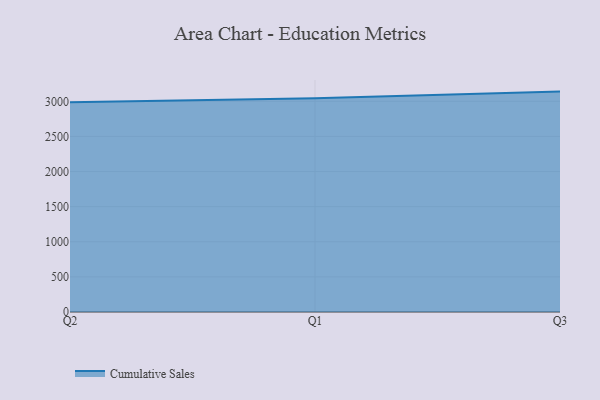
{"axis": {"x": "Quarter", "y": "Production Output"}, "legend": ["Cumulative Sales"], "data": [{"x": "Q2", "y": 2987.7, "type": "Cumulative Sales"}, {"x": "Q1", "y": 3044.7, "type": "Cumulative Sales"}, {"x": "Q3", "y": 3138.2, "type": "Cumulative Sales"}]}